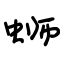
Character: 蛳